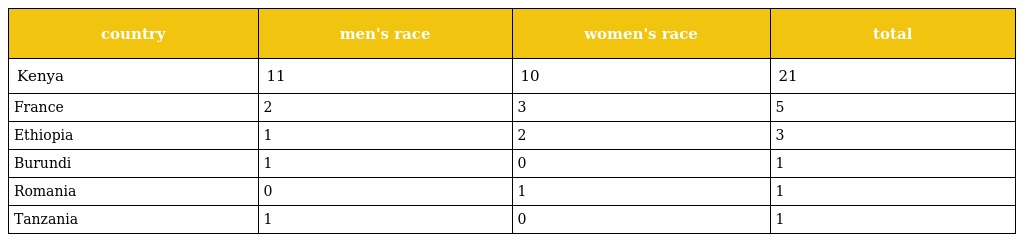
| country | men's race | women's race | total |
 | --- | --- | --- | --- |
 | Kenya | 11 | 10 | 21 |
 | France | 2 | 3 | 5 |
 | Ethiopia | 1 | 2 | 3 |
 | Burundi | 1 | 0 | 1 |
 | Romania | 0 | 1 | 1 |
 | Tanzania | 1 | 0 | 1 |